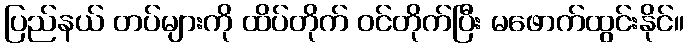
ပြည်နယ် တပ်များကို ထိပ်တိုက် ဝင်တိုက်ပြီး မဖောက်ထွင်းနိုင်။